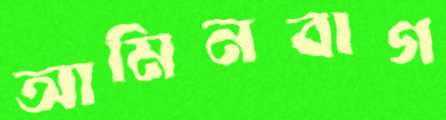
আমিনবাগ